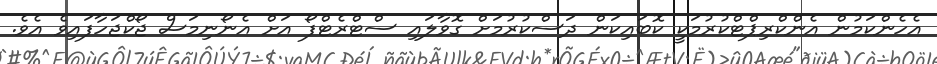
އެހެންކަމުން އެންކްރިޕްޓްކުރުމަކީ ކޮބައިކަން ދަސްކުރުމަށް ގޮވާލައި ސްޓްރެޓްފޯ އަށް އެނޯނިމަސް ޖޯކްޖަހާފައިވެ އެވެ.